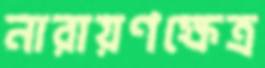
নারায়ণক্ষেত্র